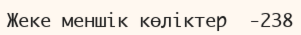
Жеке меншік көліктер		-238